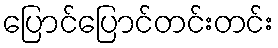
ပြောင်ပြောင်တင်းတင်း